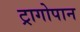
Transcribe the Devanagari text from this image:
ट्रागोपान